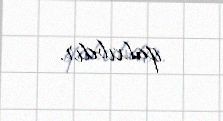
qalxıbdır.